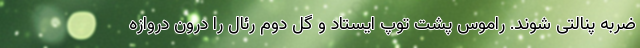
ضربه پنالتی شوند. راموس پشت توپ ایستاد و گل دوم رئال را درون دروازه